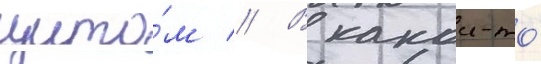
щито́м // В какои-то́